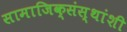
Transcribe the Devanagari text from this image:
सामाजिक्संस्थांशी